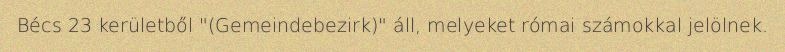
Bécs 23 kerületből "(Gemeindebezirk)" áll, melyeket római számokkal jelölnek.